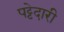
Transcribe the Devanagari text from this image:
पट्टेदारी